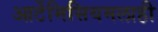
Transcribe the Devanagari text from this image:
आर्टेमिसियमलाही